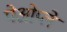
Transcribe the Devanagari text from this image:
पेओप्ले